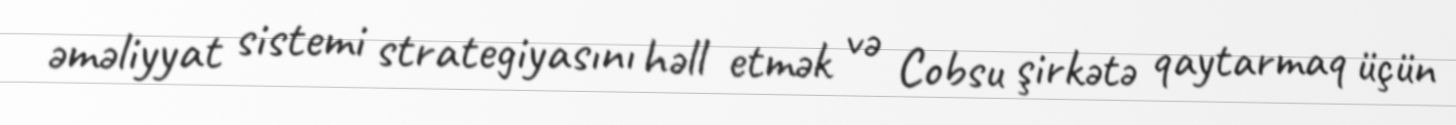
əməliyyat sistemi strategiyasını həll etmək və Cobsu şirkətə qaytarmaq üçün